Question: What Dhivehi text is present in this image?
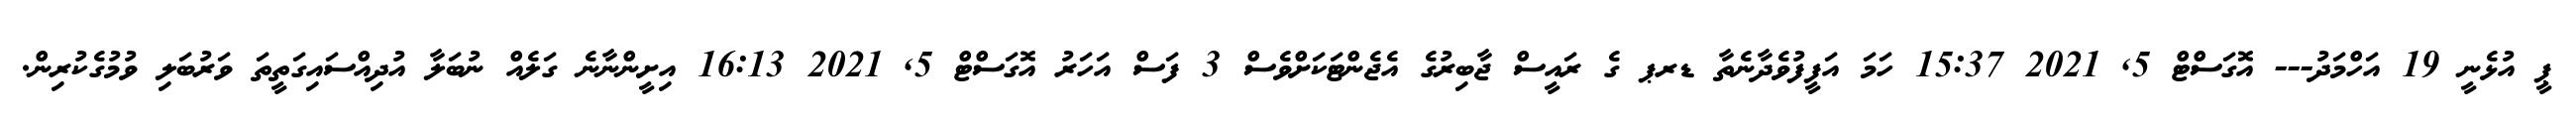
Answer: ޕީ އުޅެނީ 19 އަހްމަދު--- އޮގަސްޓް 5, 2021 15:37 ހަމަ އަފީފުވެދާނެތާ ޑރޕ ގެ ރައީސް ޖާބިރުގެ އެޖެންޓަކަށްވެސް 3 ފަސް އަހަރު އޮގަސްޓް 5, 2021 16:13 އިށީންނާނެ ގަލެއް ނުބަލާ އުދިއްސައިގަތީތަ ވަރުބަލި ވުމުގެކުރިން.